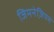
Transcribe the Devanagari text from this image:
जिमनेजि़यम